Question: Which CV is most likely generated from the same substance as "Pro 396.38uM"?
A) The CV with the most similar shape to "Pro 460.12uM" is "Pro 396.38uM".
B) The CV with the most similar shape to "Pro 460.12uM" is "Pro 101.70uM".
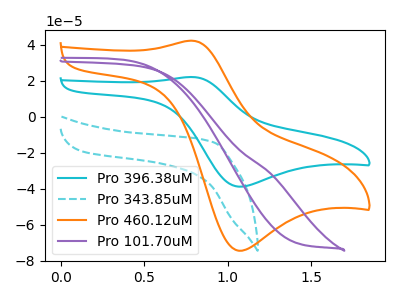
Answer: <think>The cyan curve "Pro 396.38uM" has an anodic peak at (0.80V, 22.00uA) and a cathodic peak at (1.05V, -38.80uA). The cyan dashed curve "Pro 343.85uM" has no peaks. The orange curve "Pro 460.12uM" has an anodic peak at (0.80V, 42.15uA) and a cathodic peak at (1.05V, -74.35uA). The purple curve "Pro 101.70uM" has no peaks.
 "Pro 396.38uM" and "Pro 343.85uM" have a different number of peaks. All the peaks in "Pro 396.38uM" have a peak in "Pro 460.12uM" at the same potential. Every peak in "Pro 396.38uM" is lower than every peak in "Pro 460.12uM". "Pro 396.38uM" and "Pro 101.70uM" have a different number of peaks. "Pro 343.85uM" and "Pro 460.12uM" have a different number of peaks. Neither "Pro 343.85uM" or "Pro 101.70uM" have any peaks. "Pro 460.12uM" and "Pro 101.70uM" have a different number of peaks.</think>
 <answer>A) The CV with the most similar shape to "Pro 460.12uM" is "Pro 396.38uM".</answer>
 <eval>A</eval>